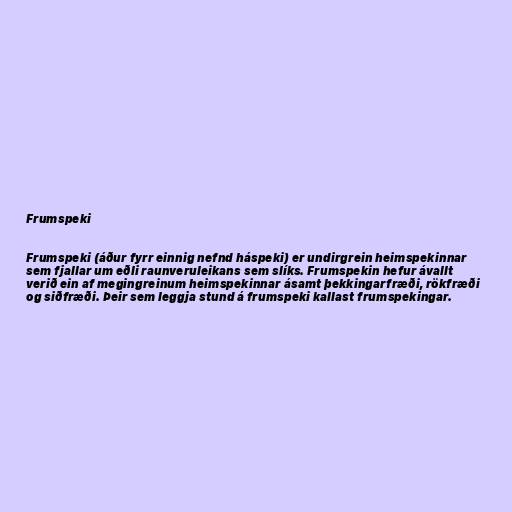
Frumspeki

Frumspeki (áður fyrr einnig nefnd háspeki) er undirgrein heimspekinnar
sem fjallar um eðli raunveruleikans sem slíks. Frumspekin hefur ávallt
verið ein af megingreinum heimspekinnar ásamt þekkingarfræði, rökfræði
og siðfræði. Þeir sem leggja stund á frumspeki kallast frumspekingar.